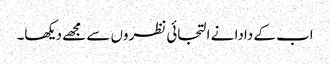
اب کے دادا نے التجائی نظروں سے مجھے دیکھا۔